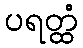
ပရတ္ထံ